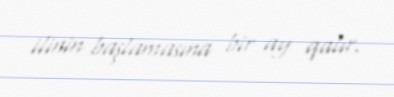
ilinin başlamasına bir ay qalır.